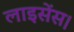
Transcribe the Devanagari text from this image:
लाइसेंस।